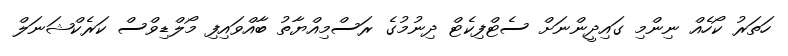
ހަތަރު ކޯހެއް ނިންމި ގައިދީންނަށް ސެޓްފިކެޓް ދިނުމުގެ ރަސްމިއްޔާތު ބާއްވައިފި މޯލްޑިވްސް ކަރެކްޝަނަލް